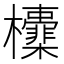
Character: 𣠻